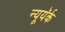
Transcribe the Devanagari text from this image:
न्यूयॅर्क